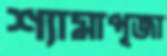
শ্যামাপূজা